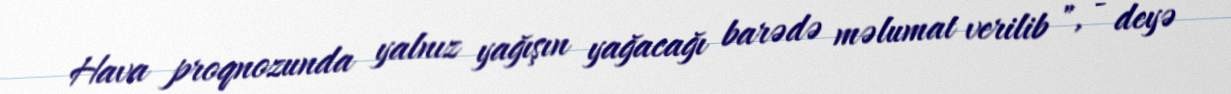
Hava proqnozunda yalnız yağışın yağacağı barədə məlumat verilib ", - deyə